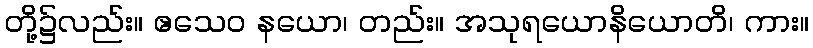
တို့၌လည်း။ ဧသေဝ နယော၊ တည်း။ အသုရယောနိယောတိ၊ ကား။